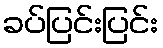
ခပ်ပြင်းပြင်း